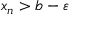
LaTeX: x _ { n } > b - \varepsilon